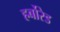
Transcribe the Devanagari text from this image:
हर्बोरेड